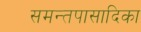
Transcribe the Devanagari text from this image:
समन्तपासादिका